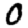
Digit: 0